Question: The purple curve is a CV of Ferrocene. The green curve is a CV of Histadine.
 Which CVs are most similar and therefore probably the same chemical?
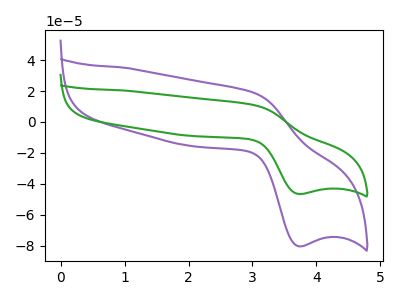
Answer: <think>The purple curve "Ferrocene" has an anodic peak at (3.05V, 18.80uA) and a cathodic peak at (3.70V, -80.35uA). The green curve "Histadine" has an anodic peak at (3.05V, 10.90uA) and a cathodic peak at (3.70V, -46.55uA).
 All the peaks in "Ferrocene" have a peak in "Histadine" at the same potential. Every peak in "Ferrocene" is higher than every peak in "Histadine".</think>
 <answer>"Ferrocene" and "Histadine" have the same shape and are likely CV's of the same chemical.</answer>
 <eval>"Ferrocene" "Histadine"</eval>